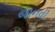
જાનવી